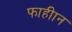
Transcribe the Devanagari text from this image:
फाहीान